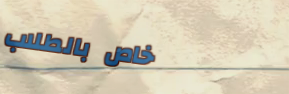
خاص بالطلاب